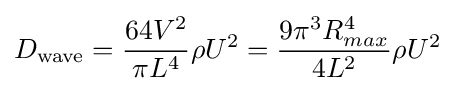
D_{\text{wave}}={\frac {64V^{2}}{\pi L^{4}}}\rho U^{2}={\frac {9\pi ^{3}R_{max}^{4}}{4L^{2}}}\rho U^{2}